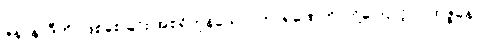
ဇနာနာဒီဟိ၊ ဖြစ်စေခြင်း အစရှိကုန်သော။ ကာရဏေဟိ၊ တို့ကြောင့်။ ပုထုဇ္ဇနော၊